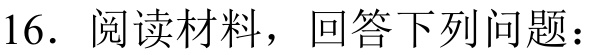
16. 阅读材料，回答下列问题：